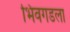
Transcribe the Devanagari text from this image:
भिवगडला